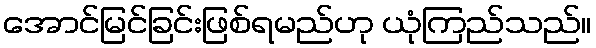
အောင်မြင်ခြင်းဖြစ်ရမည်ဟု ယုံကြည်သည်။